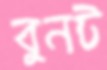
বুনট